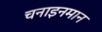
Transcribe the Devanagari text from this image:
चनाइनमान